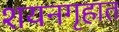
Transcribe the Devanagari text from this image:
शयनगृहात